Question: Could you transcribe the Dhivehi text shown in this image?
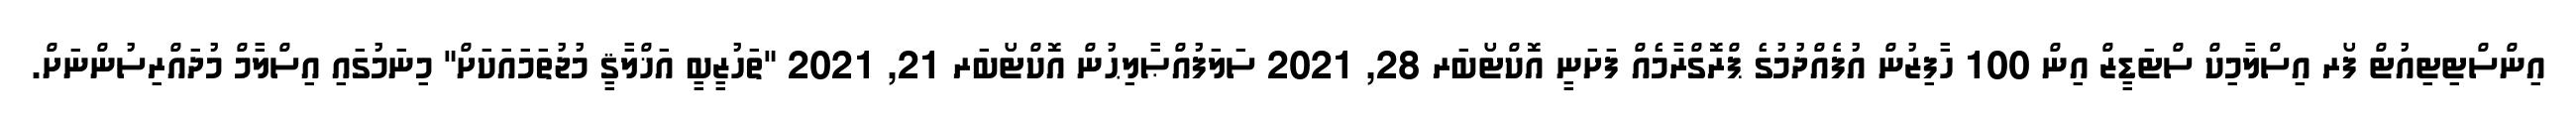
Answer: އިންސްޓިޓިއުޓް ފޯރ އިސްލާމިކް ސްޓަޑީޒް އިން 100 ހާފިޒުން އުފެއްދުމުގެ ޕްރޮގްރާމެއް ފަށަނީ އޮކްޓޯބަރ 28, 2021 ސަލަފުއްޞާލިޙުން އޮކްޓޯބަރ 21, 2021 "ތަހުޒީބީ އަޚްލާޤީ މުޖުތަމައަކަށް" މިނަމުގައި އިސްލާމް މުދައްރިސުންނަށް.